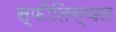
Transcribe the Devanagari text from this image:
स्फीतिस्थल